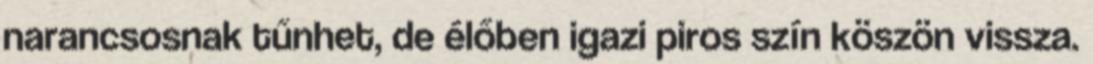
narancsosnak tűnhet, de élőben igazi piros szín köszön vissza.